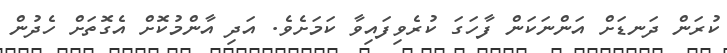
ކުރަން ދަނޑަށް އަންނަކަން ފާހަގަ ކުރެވިފައިވާ ކަމަށެވެ. އަދި އާންމުކޮށް އެގޮތަށް ހެދުން